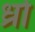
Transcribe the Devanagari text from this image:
ध्रो